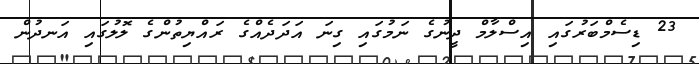
23 ޑިސެމްބަރުގައި އިސްލާމް ދީނުގެ ނަމުގައި ގިނަ އަދަދެއްގެ ރައްޔިތުންގެ ލޮލުގައި އަނދުން